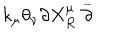
LaTeX: k _ { \mu } \theta _ { \nu } \partial X _ { R } ^ { \mu } \stackrel { \_ } { \partial }